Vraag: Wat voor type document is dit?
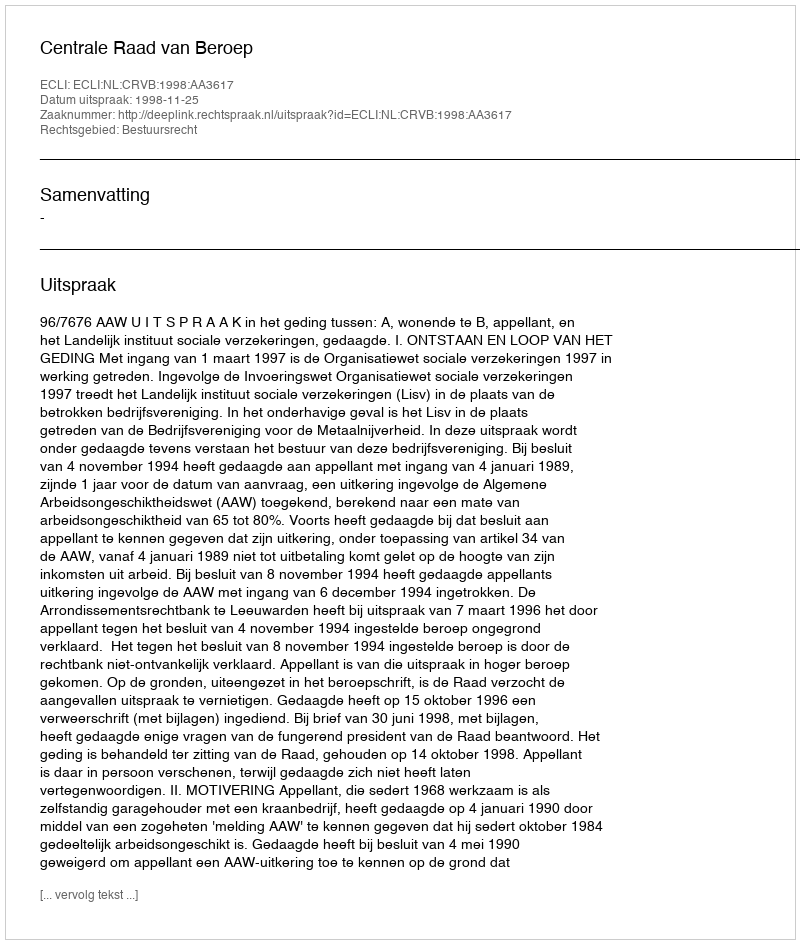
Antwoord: Uitspraak